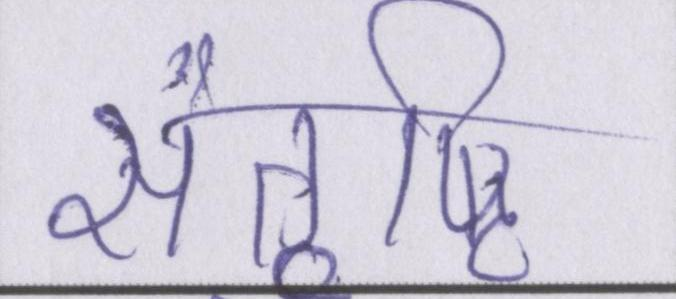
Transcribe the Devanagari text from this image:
संतुष्टि